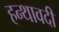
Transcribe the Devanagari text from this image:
हन्थावदी